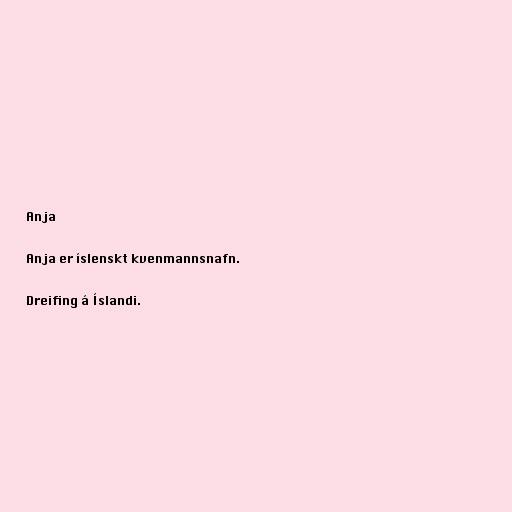
Anja

Anja er íslenskt kvenmannsnafn.

Dreifing á Íslandi.